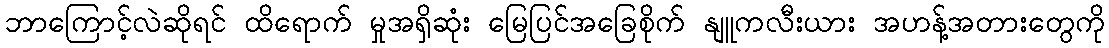
ဘာကြောင့်လဲဆိုရင် ထိရောက် မှုအရှိဆုံး မြေပြင်အခြေစိုက် နျူကလီးယား အဟန့်အတားတွေကို